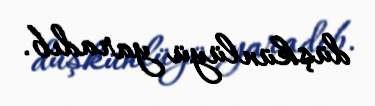
düşkünlüyü yaradıb.